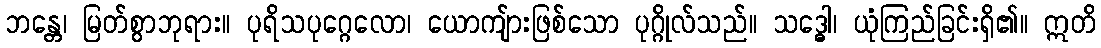
ဘန္တေ၊ မြတ်စွာဘုရား။ ပုရိသပုဂ္ဂေလော၊ ယောကျ်ားဖြစ်သော ပုဂ္ဂိုလ်သည်။ သဒ္ဓေါ၊ ယုံကြည်ခြင်းရှိ၏။ ဣတိ